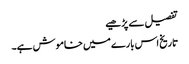
تفصیل سے پڑھیے
تاریخ اس بارے میں خاموش ہے۔